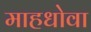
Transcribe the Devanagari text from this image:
माहधोवा